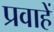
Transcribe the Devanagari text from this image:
प्रवाहें